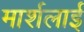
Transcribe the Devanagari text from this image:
मार्शलाई